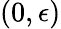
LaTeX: (0,\epsilon)